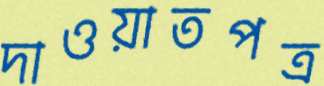
দাওয়াতপত্র